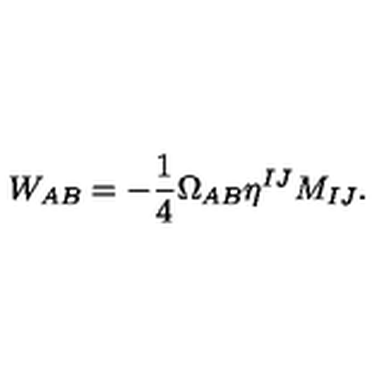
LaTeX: W _ { A B } = - { \frac { 1 } { 4 } } \Omega _ { A B } \eta ^ { I J } M _ { I J } .